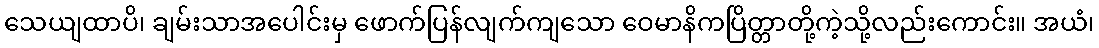
သေယျထာပိ၊ ချမ်းသာအပေါင်းမှ ဖောက်ပြန်လျက်ကျသော ဝေမာနိကပြိတ္တာတို့ကဲ့သို့လည်းကောင်း။ အယံ၊